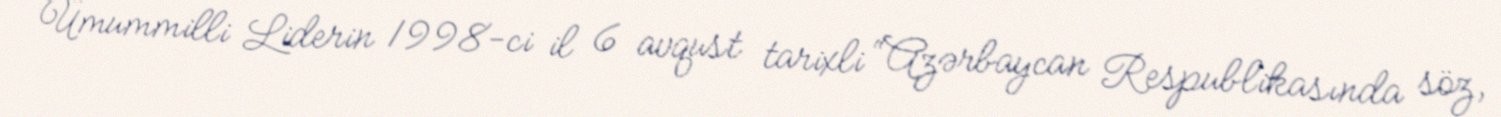
Ümummilli Liderin 1998-ci il 6 avqust tarixli “Azərbaycan Respublikasında söz,